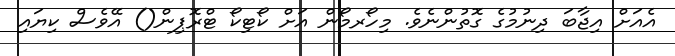
އެއަށް އިޖާބަ ދިނުމުގެ ގޮތުންނެވެ. މިހޯރމޯން އަށް ކޯޓިކޯ ޓްރޮޕިން() އޭވެސް ކިޔައި